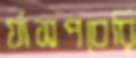
র‍্যাসপবেরি